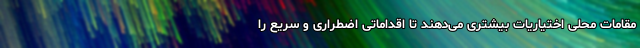
مقامات محلی اختیاریات بیشتری می‌دهند تا اقداماتی اضطراری و سریع را